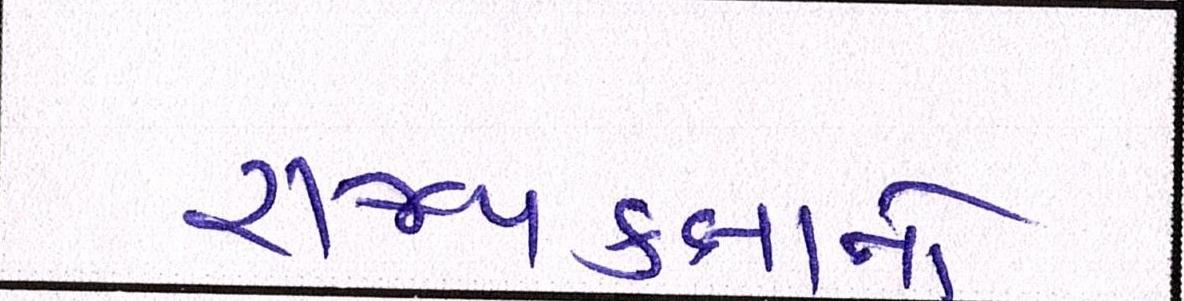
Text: રાજ્યકક્ષાનો